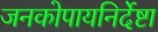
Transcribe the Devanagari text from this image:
जनकोपायनिर्देष्टा